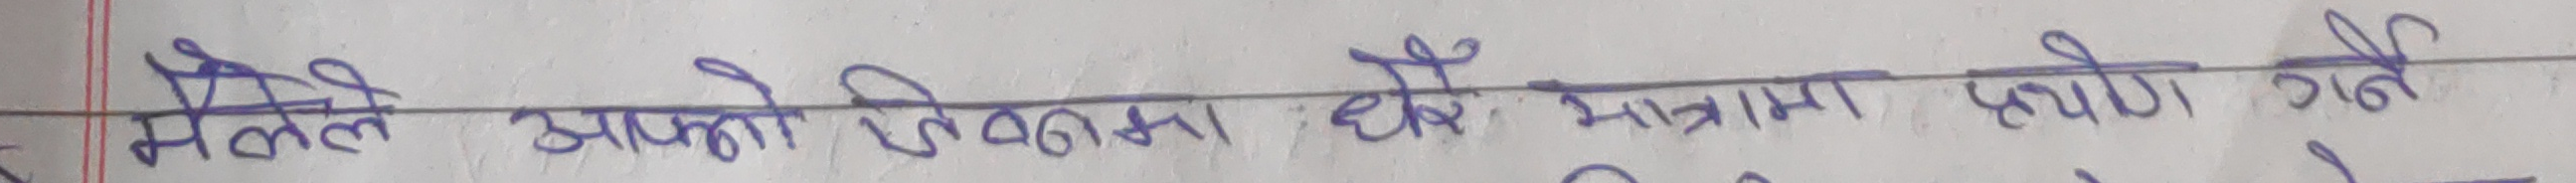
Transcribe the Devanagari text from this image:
मैले आफ्नो दिमाग धेरै मात्रामा प्रयोग गर्ने